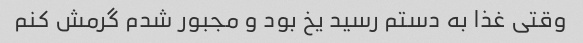
وقتی غذا به دستم رسید یخ بود و مجبور شدم گرمش کنم